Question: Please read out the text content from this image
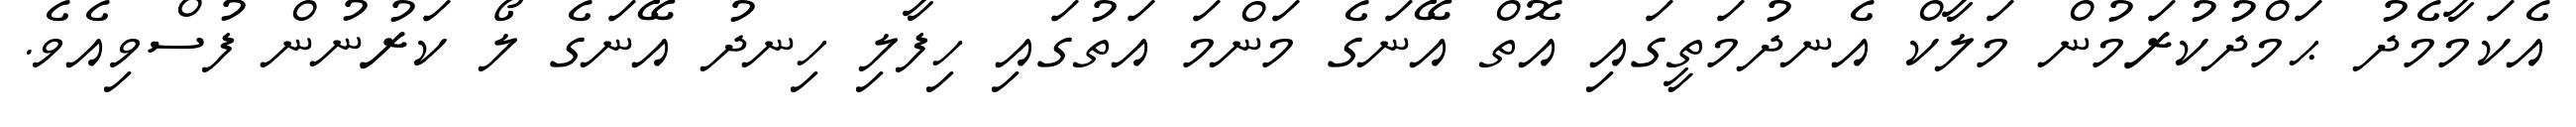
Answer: އެކަމާމެދު ޙަމްދުކުރަމުން މަލާކް އެނދުމަތީގައި އޮތް އޭނަގެ މަންމަ އަތުގައި ހިފާލި ހިނދު އޭނަގެ ލޯ ކަރުނުން ފުސްވިއެވެ.